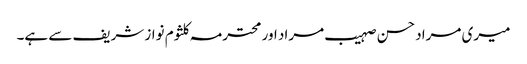
میری مراد حسن صہیب مراد اور محترمہ کلثوم نواز شریف سے ہے۔